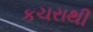
કચરાથી